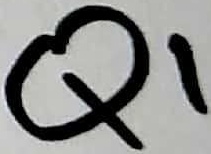
Text: Q1